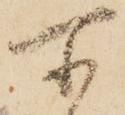
所